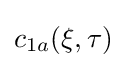
c_{1a}(\xi ,\tau )